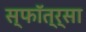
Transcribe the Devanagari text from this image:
स्फॉत्र्सा